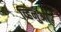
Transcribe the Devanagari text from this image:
व्हिनुओ